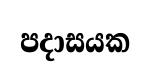
පදාසයක